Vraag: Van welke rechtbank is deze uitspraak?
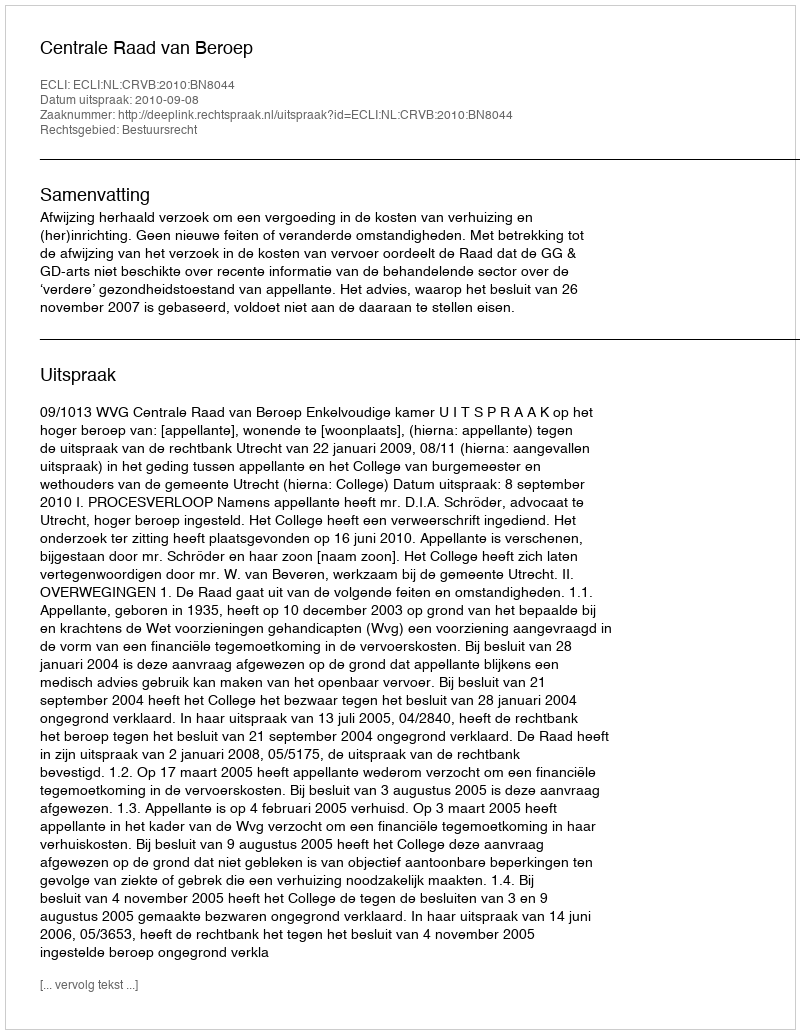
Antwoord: Centrale Raad van Beroep